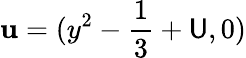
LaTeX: \mathbf{u}=(y^{2}-\frac{{1}}{{3}}+\mathsf{{U}},0)